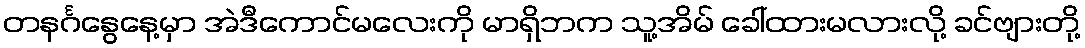
တနင်္ဂနွေနေ့မှာ အဲဒီကောင်မလေးကို မာရှိဘက သူ့အိမ် ခေါ်ထားမလားလို့ ခင်ဗျားတို့